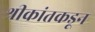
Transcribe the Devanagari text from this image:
श्रीकांतकडून